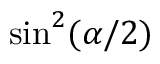
\sin ^ { 2 } ( \alpha / 2 )